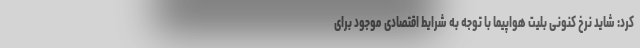
کرد: شاید نرخ کنونی بلیت هواپیما با توجه به شرایط اقتصادی موجود برای